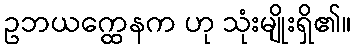
ဥဘယက္ထေနက ဟု သုံးမျိုးရှိ၏။